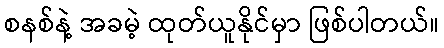
စနစ်နဲ့ အခမဲ့ ထုတ်ယူနိုင်မှာ ဖြစ်ပါတယ်။